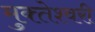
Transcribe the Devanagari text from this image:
मुक्‍तेश्‍वरी